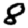
Digit: 8